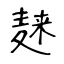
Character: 𪎌